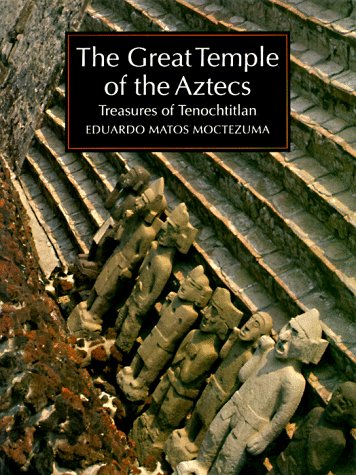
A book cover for The Great Temple of the Aztecs: Treasures of Tenochtitlan (New Aspects of Antiquity); Eduardo Matos Moctezuma; History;